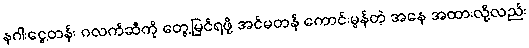
နဂါးငွေ့တန်း ဂလက်ဆီကို တွေ့မြင်ရဖို့ အင်မတန် ကောင်းမွန်တဲ့ အနေ အထားလို့လည်း